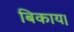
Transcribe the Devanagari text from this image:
बिकाय।